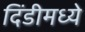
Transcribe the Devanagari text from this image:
दिंडीमध्ये